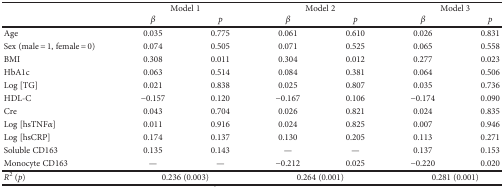
<table><thead><tr><td rowspan="2">[EMPTY_CELL]</td><td colspan="2"><b>Model 1</b></td><td colspan="2"><b>Model 2</b></td><td colspan="2"><b>Model 3</b></td></tr><tr><td><b><i>β</i></b></td><td><b><i>p</i></b></td><td><b><i>β</i></b></td><td><b><i>p</i></b></td><td><b><i>β</i></b></td><td><b><i>p</i></b></td></tr></thead><tbody><tr><td>Age</td><td>0.035</td><td>0.775</td><td>0.061</td><td>0.610</td><td>0.026</td><td>0.831</td></tr><tr><td>Sex (male = 1, female = 0)</td><td>0.074</td><td>0.505</td><td>0.071</td><td>0.525</td><td>0.065</td><td>0.558</td></tr><tr><td>BMI</td><td>0.308</td><td>0.011</td><td>0.304</td><td>0.012</td><td>0.277</td><td>0.023</td></tr><tr><td>HbA1c</td><td>0.063</td><td>0.514</td><td>0.084</td><td>0.381</td><td>0.064</td><td>0.506</td></tr><tr><td>Log [TG]</td><td>0.021</td><td>0.838</td><td>0.025</td><td>0.807</td><td>0.035</td><td>0.736</td></tr><tr><td>HDL-C</td><td>−0.157</td><td>0.120</td><td>−0.167</td><td>0.106</td><td>−0.174</td><td>0.090</td></tr><tr><td>Cre</td><td>0.043</td><td>0.704</td><td>0.026</td><td>0.821</td><td>0.024</td><td>0.835</td></tr><tr><td>Log [hsTNF<i>α</i>]</td><td>0.011</td><td>0.916</td><td>0.024</td><td>0.825</td><td>0.007</td><td>0.946</td></tr><tr><td>Log [hsCRP]</td><td>0.174</td><td>0.137</td><td>0.130</td><td>0.205</td><td>0.113</td><td>0.271</td></tr><tr><td>Soluble CD163</td><td>0.135</td><td>0.143</td><td>—</td><td>—</td><td>0.137</td><td>0.153</td></tr><tr><td>Monocyte CD163</td><td>—</td><td>—</td><td>−0.212</td><td>0.025</td><td>−0.220</td><td>0.020</td></tr><tr><td><i>R</i><sup>2</sup> (<i>p</i>)</td><td colspan="2">0.236 (0.003)</td><td colspan="2">0.264 (0.001)</td><td colspan="2">0.281 (0.001)</td></tr></tbody></table>